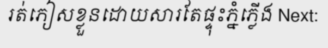
រត់ភៀសខ្លួនដោយសារតែផ្ទុះភ្នំភ្លើង Next: